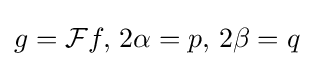
g={\mathcal {F}}f,\,2\alpha =p,\,2\beta =q